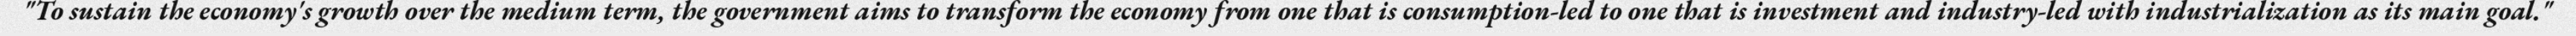
"To sustain the economy's growth over the medium term, the government aims to transform the economy from one that is consumption-led to one that is investment and industry-led with industrialization as its main goal."